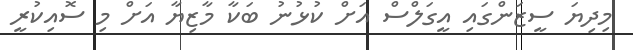
މިދިޔަ ސީޒަންގައި އީގަލްސް އަށް ކުޅުނު ބަކާ މާޒިޔާ އަށް މި ސޮއިކުރީ